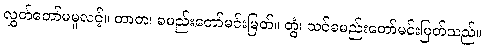
လွှတ်တော်မမူလင့်။ တာတ၊ ခမည်းတော်မင်းမြတ်။ တွံ၊ သင်ခမည်းတော်မင်းမြတ်သည်။